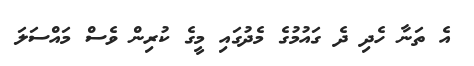
އެ ތަނާ ހެދި ދެ ގައުމުގެ މެދުގައި މީގެ ކުރިން ވެސް މައްސަލަ